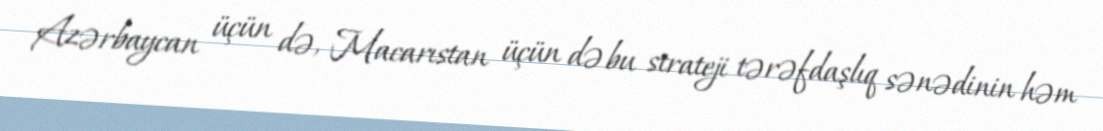
Azərbaycan üçün də, Macarıstan üçün də bu strateji tərəfdaşlıq sənədinin həm